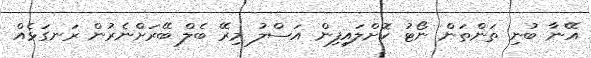
އޭނާ ބުނި ތަންތަން ނޯޓު ކޮށްލައިފިން އަސްލު މިރޭ ބެލް ބޭރަށްނެރުން ރަނގަޅެއް